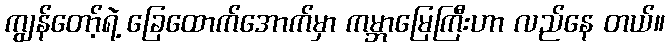
ကျွန်တော့်ရဲ့ ခြေထောက်အောက်မှာ ကမ္ဘာမြေကြီးဟာ လည်နေ တယ်။